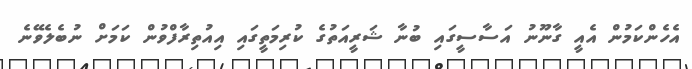
އެހެންކަމުން އެއީ ގާނޫނު އަސާސީގައި ބުނާ ޝަރީއަތުގެ ކުރިމަތީގައި އިއުތިރާފްވުން ކަމަށް ނުބެލެވޭނެ